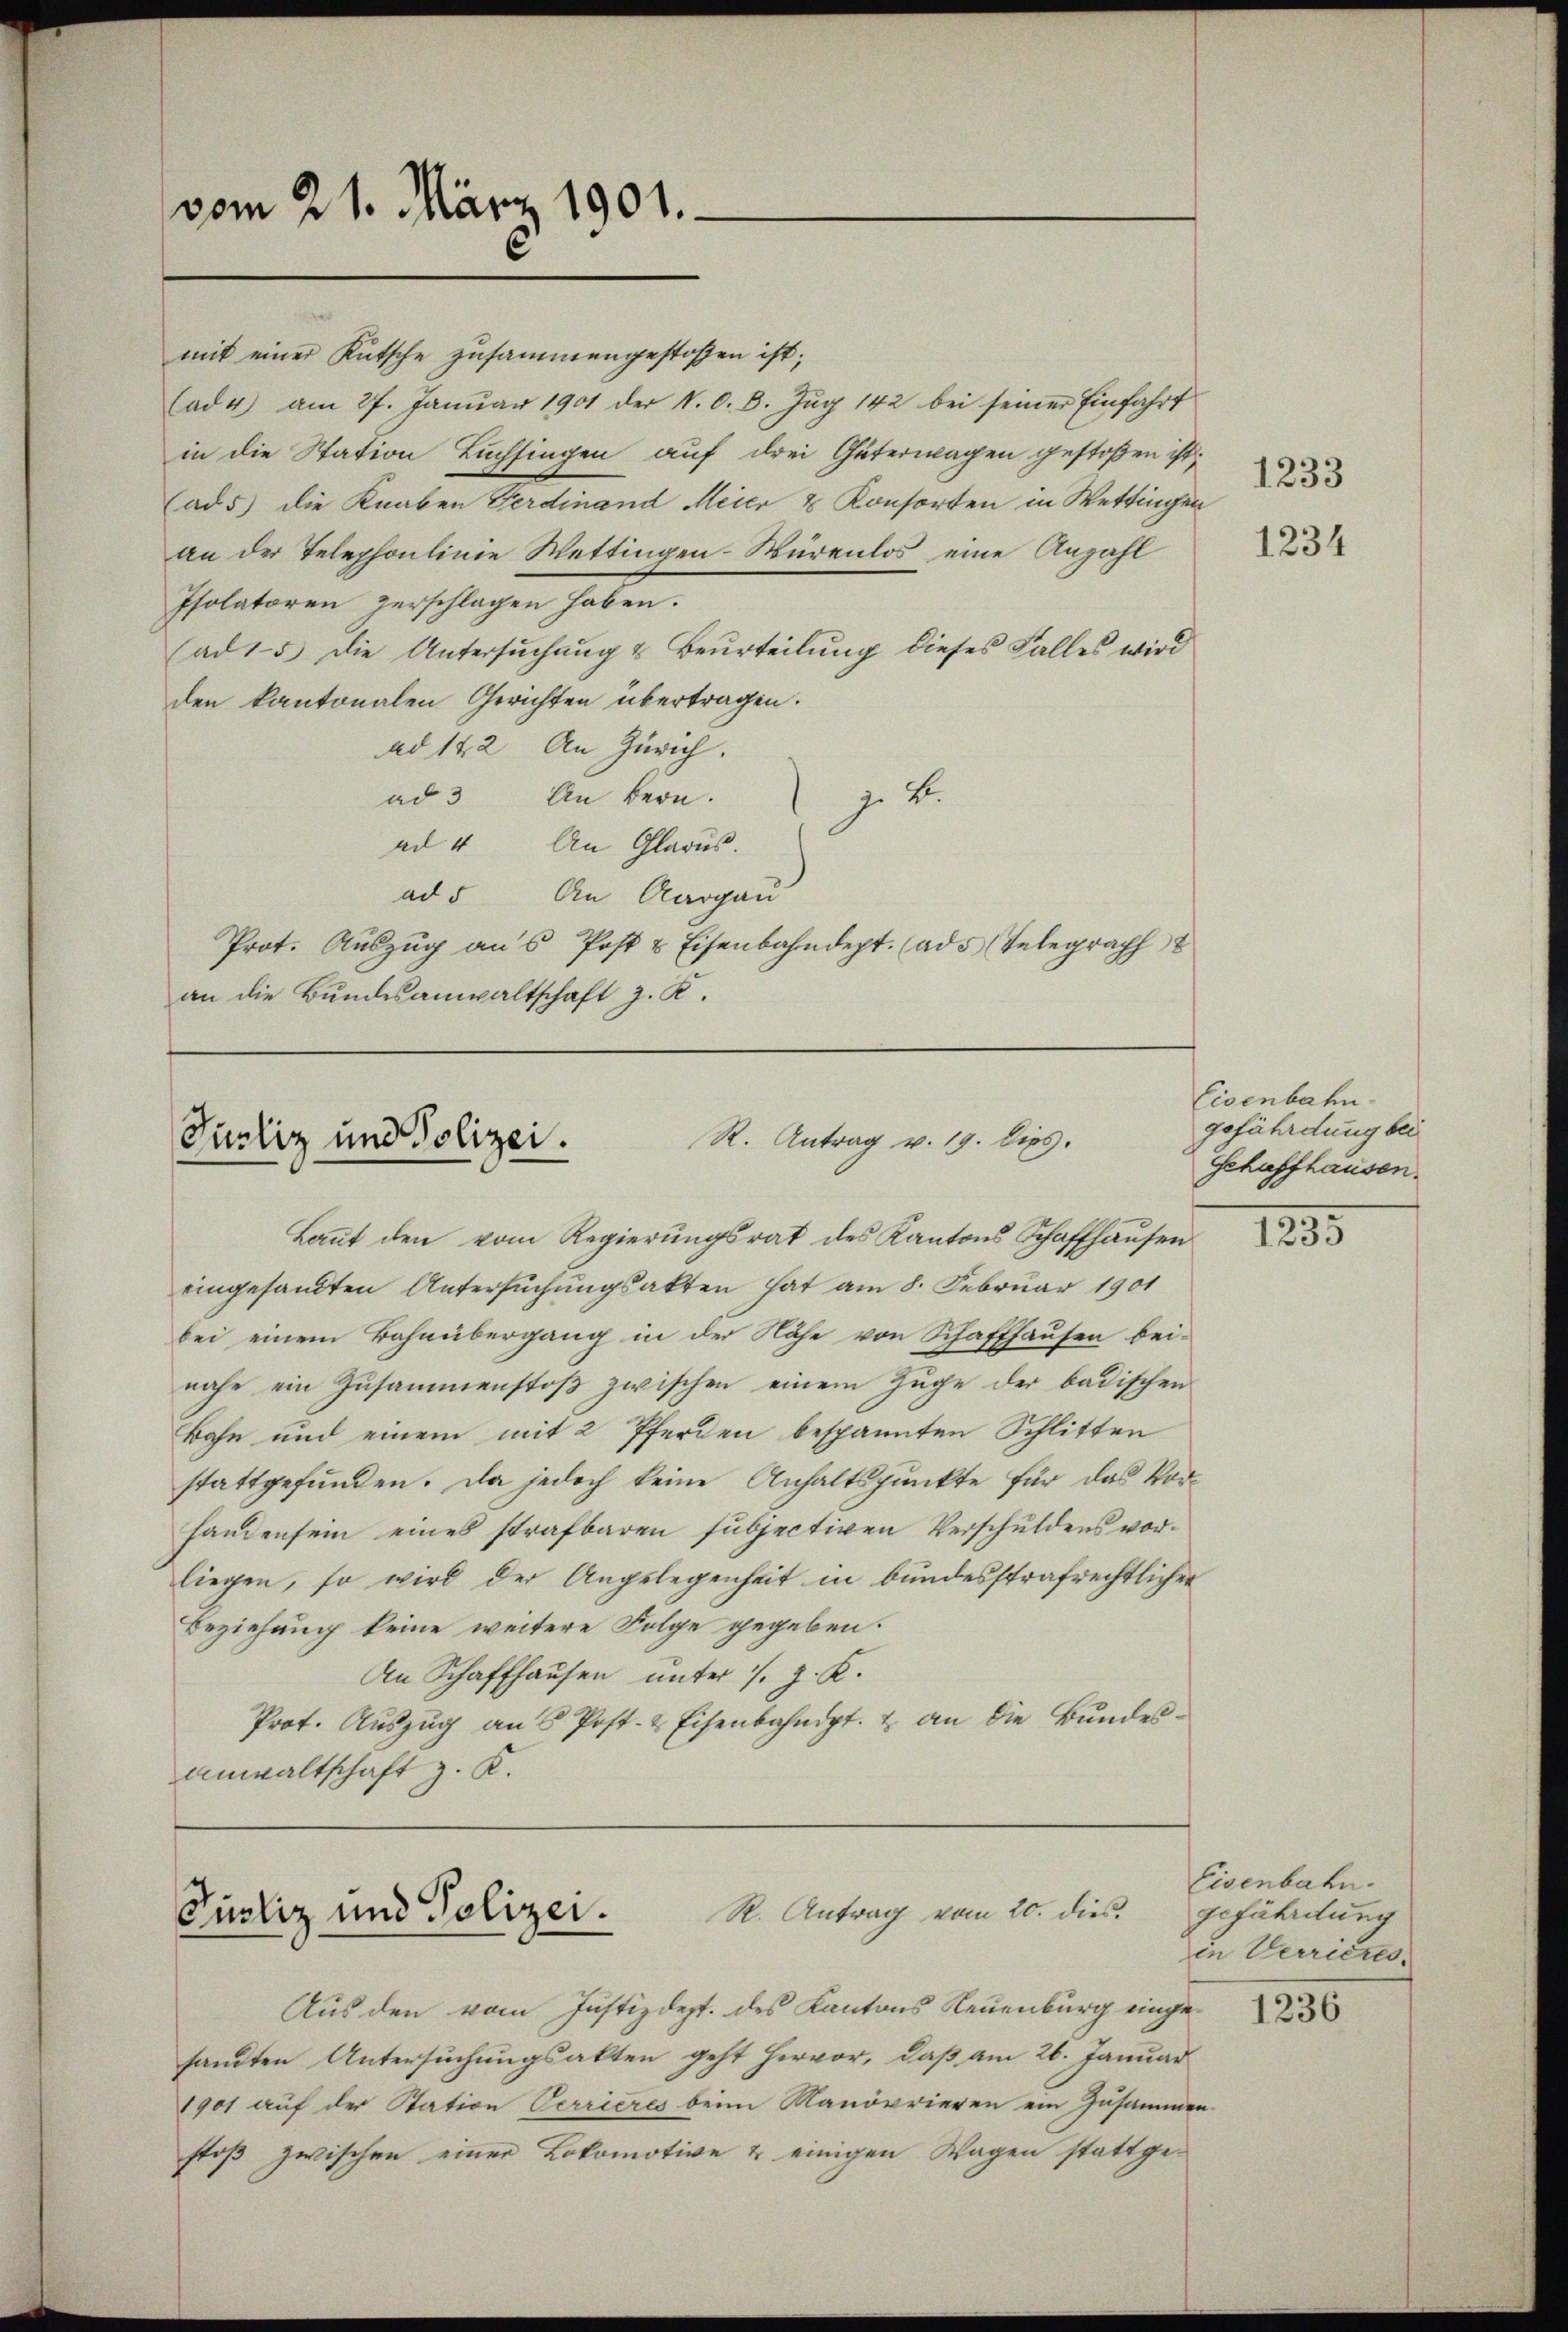
vom 21. März 1901.

mit einer Kutsche zusammengestossen ist;
(ad 4) am 27. Janŭar 1901 der N. O. B. Zŭg 142 bei seiner Einfahrt
in die Station Buchsingen auf drei Güterwagen gestoßen ist,
ad 5) die Knaben Ferdinand Meier & Konsorten in Wettingen
an der Telephonlinie Wettingen-Würenlos eine Anzahl
Isolatoren zerschlagen haben.
(ad 15 die Untersuchung & Beurteilung dieses Falles wird
den kantonalen Gerichten übertragen.
ad 142 An Zürich.
ad 3 An Bern.
z. B.
ad 4. An Glarus.
ad 5 An Aargau
Prot. Aŭszŭg ans Post & Eisenbahndept. (ads Telegraph
an die Bundesanwaltschaft z. K.

R. Antrag v. 19. Dies.
Purliz und Polizei.

R. Antrag vom 20. dies
Purliz und Polizei.

9

kaṅt den vom Regierŭngsrat des Kantons Schaffhaŭsen
eingesandten Untersuchungsakten hat am 8. Februar 1901
bei einem Bahnübergang in der Nähe von Schaffhausen beinahe ein Zusammenstoß zwischen einem Zuge der badischen
Bahn und einem mit 2 Pferden bespannten Schlitten
stattgefunden. Da jedoch keine Anhaltspunkte für das Vorhandensein eines strafbaren subjectiven Verschuldens vorliegen, so wird der Angelegenheit in bundesstrafrechtlicher
Beziehung keine weitere Folge gegeben.
An Schaffhausen unter J. J. K.
Prot. Auszug an 5 Post- & Eisenbahndpt. & an die Bundes¬
Anwaltschaft z. K.

Aus den vom Justizdept. des Kantons Neuenburg eingesandten Untersuchungsakten geht hervor, daß am 26. Januar
1901 auf der Station Verrieres beim Manövrieren ein Zusammen-
stoß zwischen einer Lokomotive & einigen Wagen stattge-

1234

Eisenbahn.
gefährdung bei
Schaffhausen.

1295

Eisenbahn.
geführetung
in Verricus,

1236